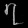
Digit: ၇